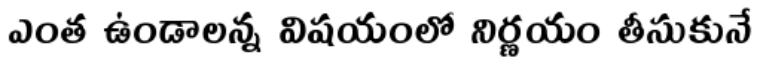
ఎంత ఉండాలన్న విషయంలో నిర్ణయం తీసుకునే